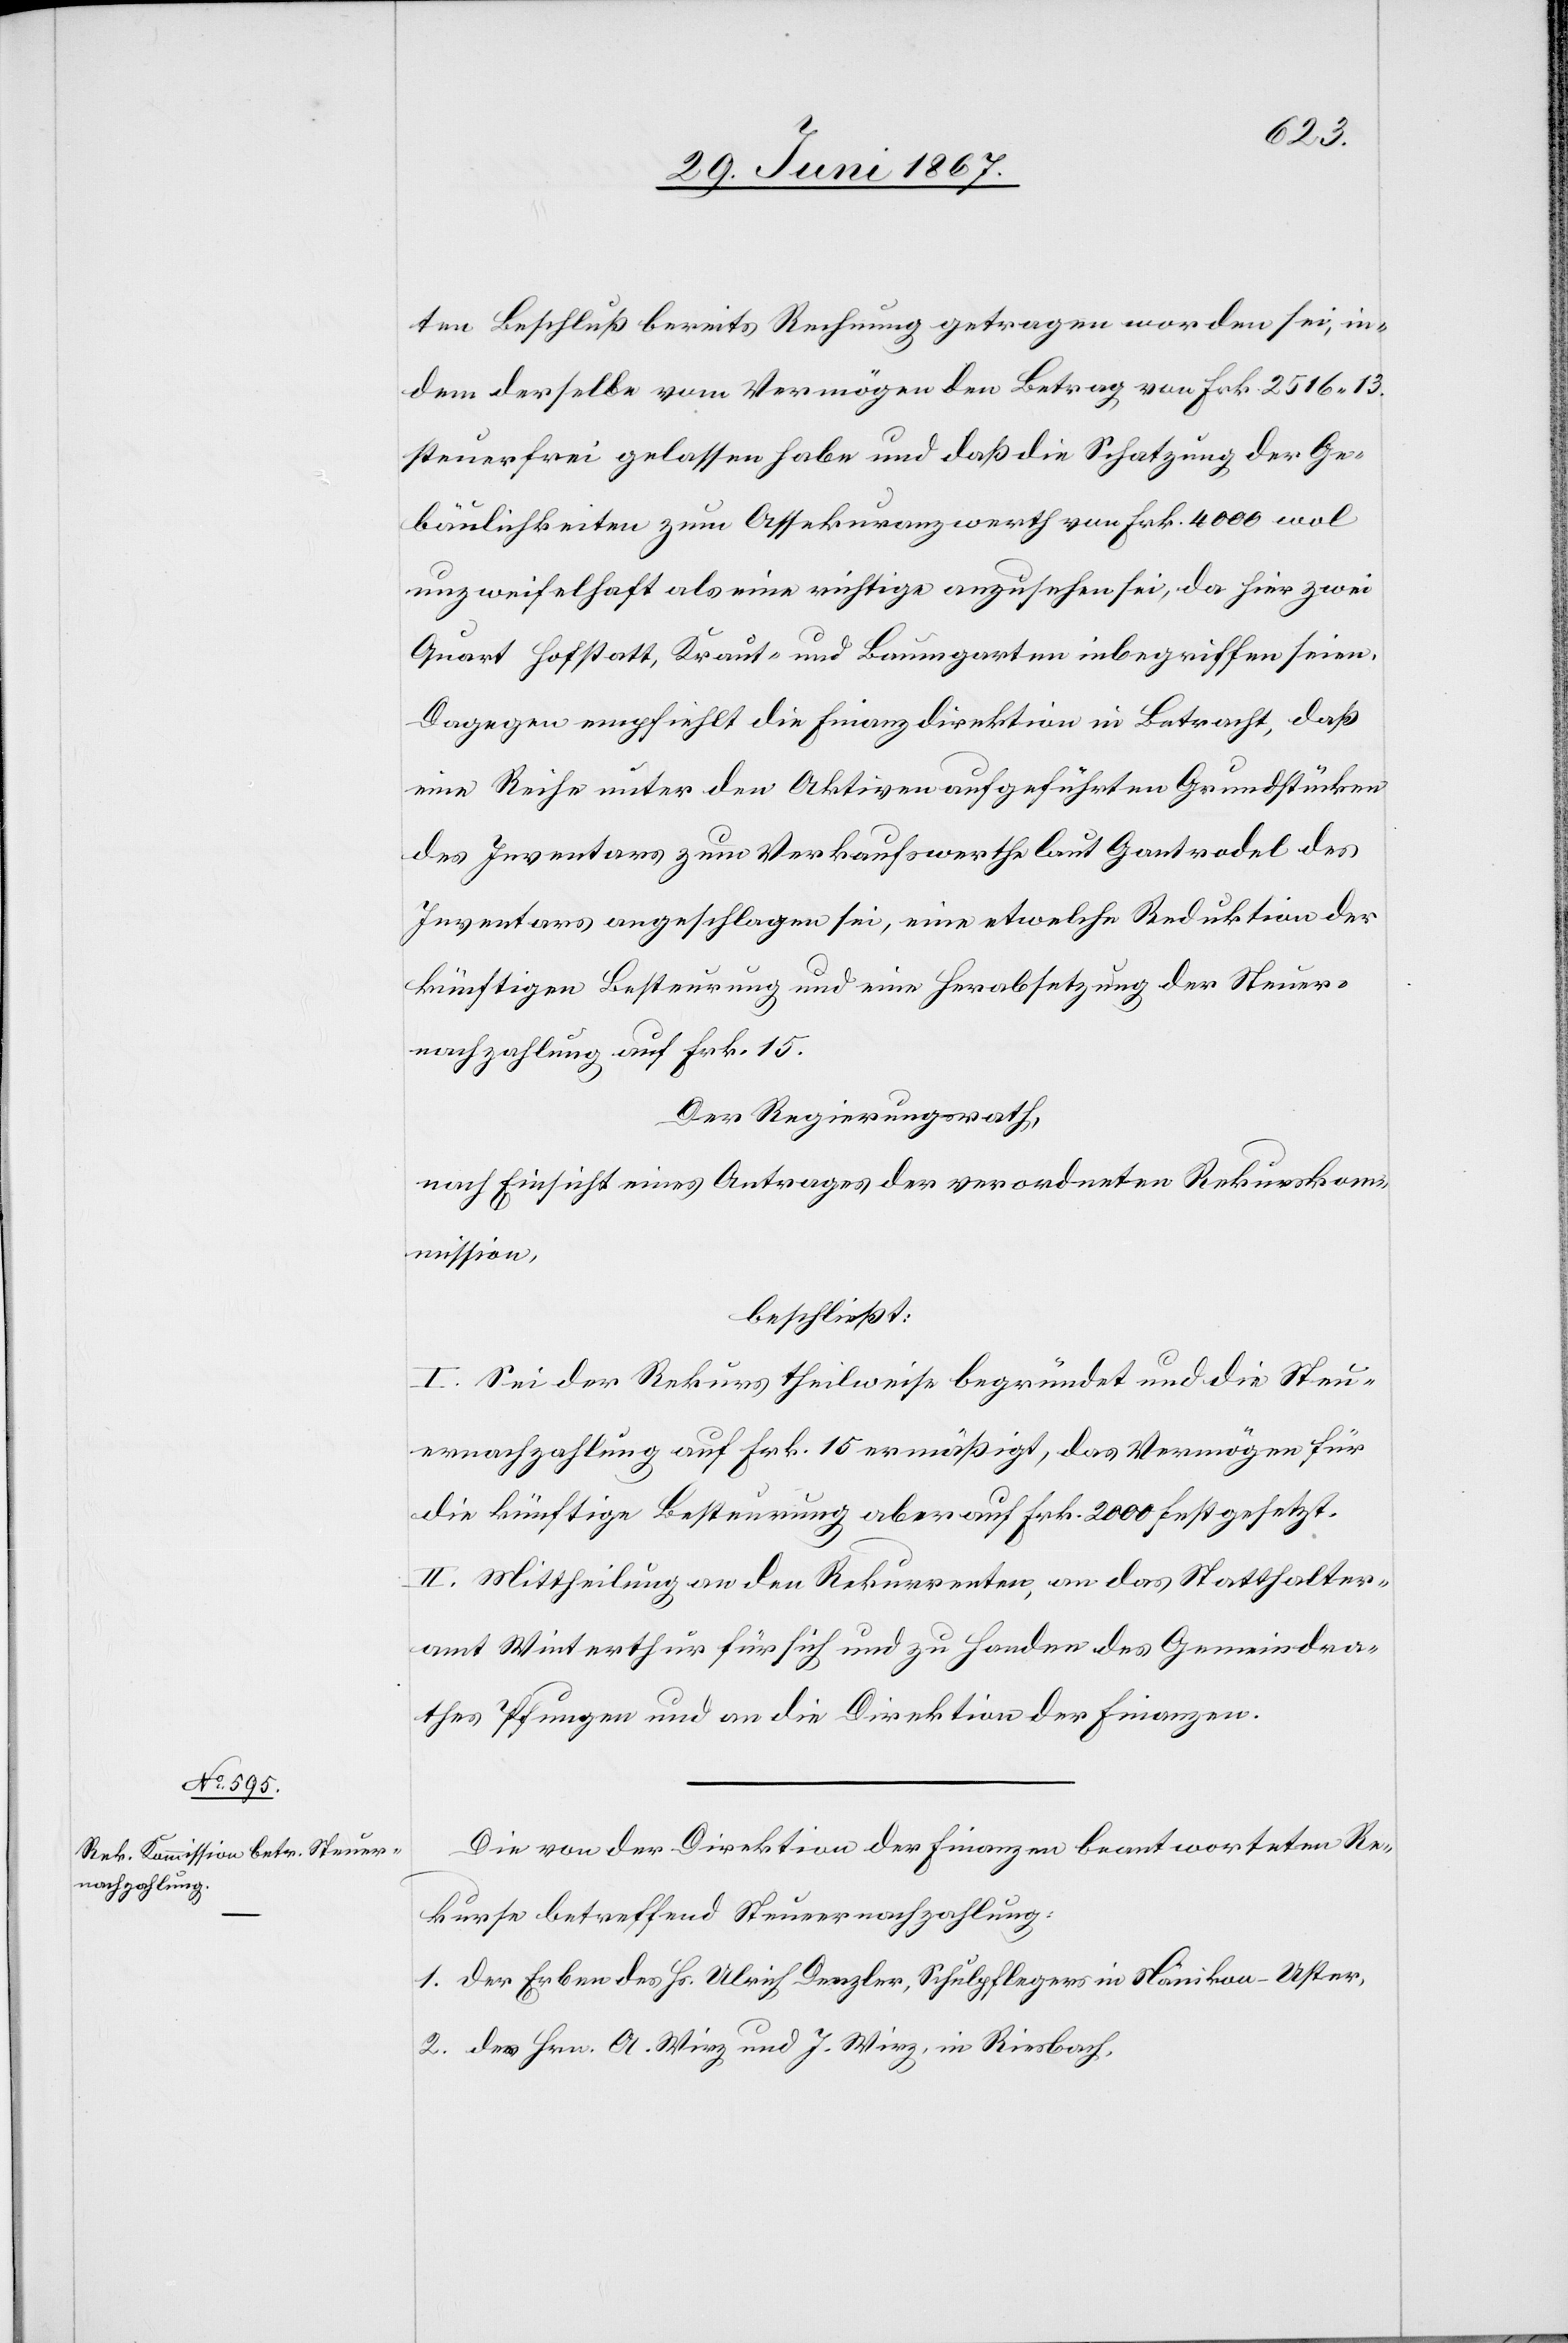
ten Beschluß bereits Rechnung getragen worden sei, in¬
dem derselbe vom Vermögen den Betrag von Frk. 2516.13.
steuerfrei gelassen habe und daß die Schatzung der Ge¬
bäulichkeiten zum Assekuranzwerth von Frk. 4000 wol
unzweifelhaft als eine richtige anzusehen sei, da hier zwei
Quart Hofstatt, Kraut- und Baumgarten inbegriffen seien.
Dagegen empfiehlt die Finanzdirektion in Betracht, daß
eine Reihe unter den Aktiven aufgeführten Grundstücken
des Inventars zum Verkaufswerth laut Gantrodel des
Inventars angeschlagen sei, eine etwelche Reduktion der
künftigen Besteuerung und eine Herabsetzung der Steuer¬
nachzahlung auf Frk. 15.
Der Regierungsrath,
Nach Einsicht eines Antrages der verordneten Rekurskom¬
mission,
beschließt:
I. Sei der Rekurs theilweise begründet und die Steu¬
ernachzahlung auf Frk. 15 ermäßigt, das Vermögen für
die künftige Besteuerung aber auf Frk. 2000 festgesetzt.
II. Mittheilung an den Rekurrenten, an das Statthalter¬
amt Winterthur für sich und zu Handen des Gemeindra¬
thes Pfungen und an die Direktion der Finanzen.
Die von der Direktion der Finanzen beantworteten Re¬
kurse betreffend Steuernachzahlung:
1. der Erben des Hs. Ulrich Denzler, Schulpflegers in Nänikon-Uster,
2. des Hrn. A. Wirz und J. Wirz, in Riesbach,